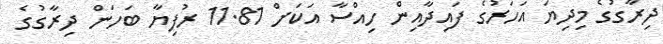
ދިރާގުގެ މިދިޔަ އަހަރުގެ ފައިދާއިން ހިއްސާ އަކަށް 11.81 ރުފިޔާ ބަހަން ދިރާގުގެ